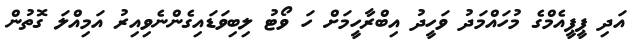
އަދި ޕީޕީއެމްގެ މުހައްމަދު ވަހީދު އިބްރާހީމަށް ހަ ވޯޓު ލިބިވަޑައިގެންނެވިއިރު އަމިއްލަ ގޮތުން